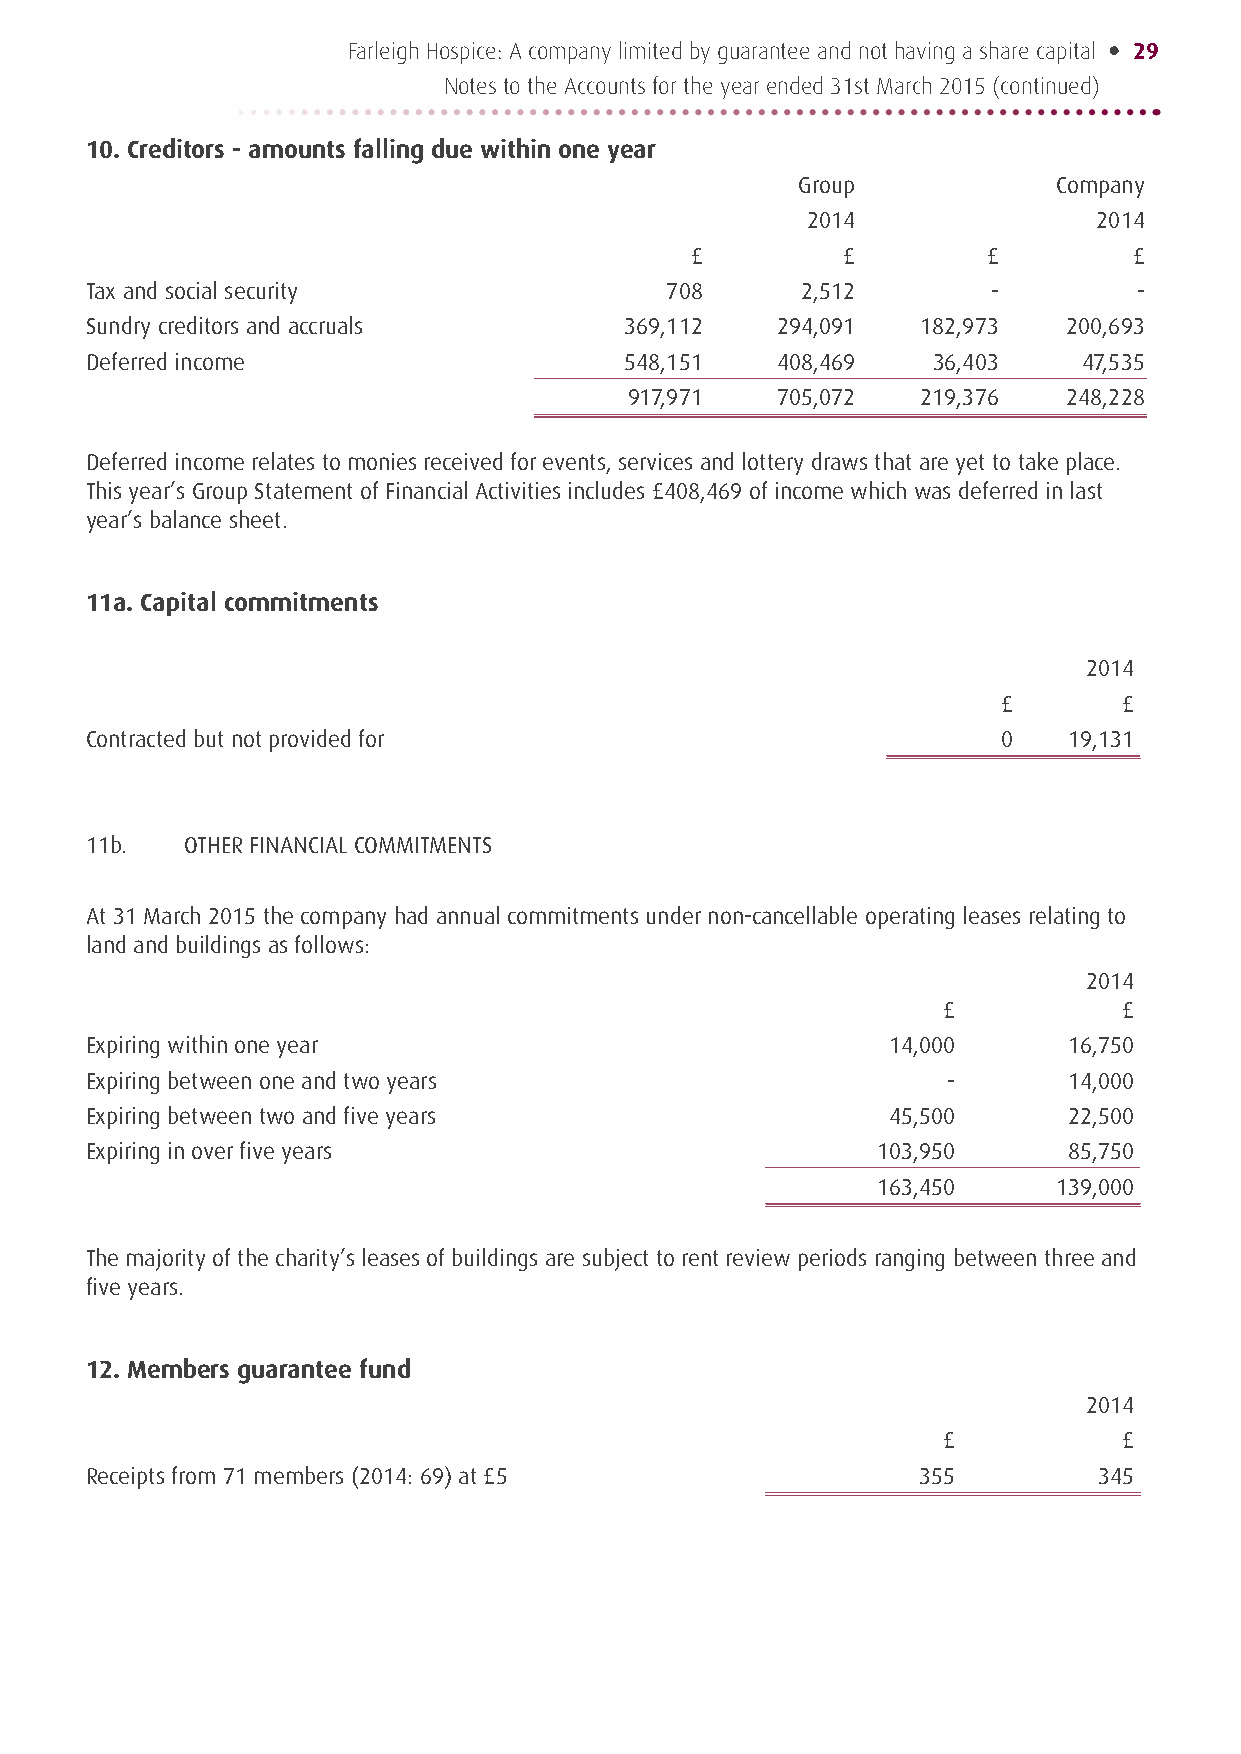
Farleigh Hospice: A company limited by guarantee and not having a share capital • 29
 Notes to the Accounts for the year ended 31st March 2015 (continued)
 10. Creditors - amounts falling due within one year
 Group            Company
 2014                2014
 £         £        £         £
 Tax and social security               708      2,512        -        -
 Sundry creditors and accruals      369,112   294,091   182,973   200,693
 Deferred income                    548,151   408,469    36,403    47,535
 917,971  705,072   219,376   248,228
 Deferred income relates to monies received for events, services and lottery draws that are yet to take place.
 This year’s Group Statement of Financial Activities includes £408,469 of income which was deferred in last
 year’s balance sheet.
 11a. Capital commitments
 2014
 £       £
 Contracted but not provided for                             0    19,131
 11b.  OTHER FINANCIAL COMMITMENTS
 At 31 March 2015 the company had annual commitments under non-cancellable operating leases relating to
 land and buildings as follows:
 2014
 £           £
 Expiring within one year                             14,000      16,750
 Expiring between one and two years                       -       14,000
 Expiring between two and five years                  45,500      22,500
 Expiring in over five years                         103,950      85,750
 163,450     139,000
 The majority of the charity’s leases of buildings are subject to rent review periods ranging between three and
 five years.
 12. Members guarantee fund
 2014
 £           £
 Receipts from 71 members (2014: 69) at £5              355         345